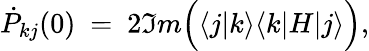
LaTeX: \dot{P}_{kj}(0)\ =\ 2\Im m\Big(\langle j|k\rangle\langle k|H|j\rangle\Big),